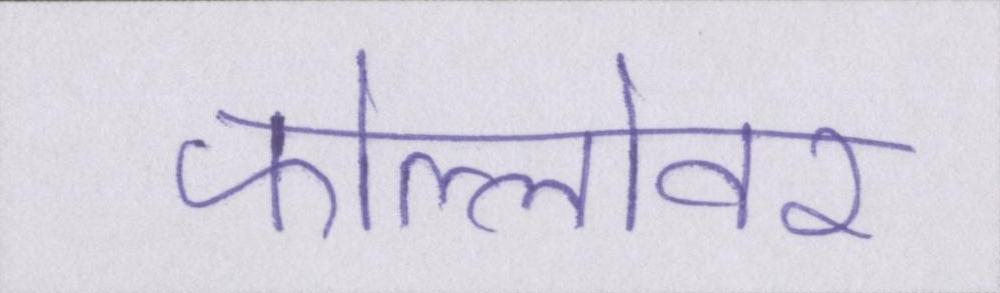
फोल्लोवर